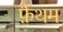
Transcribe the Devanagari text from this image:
फ़ैंथम